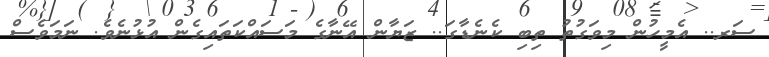
ސަރ.. އެމީހުން މިވަގުތު ތިބި ކެނެޑާގަ.. ޒަޔާން އޭނާގެ މަސައްކަތައިގެން އުޅުނެވެ. ނަމަވެސް